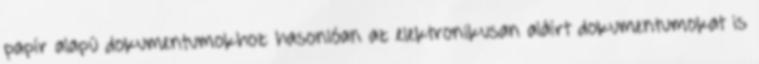
papír alapú dokumentumokhoz hasonlóan az elektronikusan aláírt dokumentumokat is